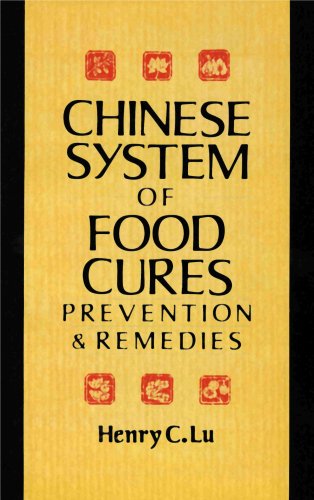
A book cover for Chinese System of Food Cures - Prevention and Remedies (Using the Healing Properties of Food); Henry C. Lu; Health, Fitness & Dieting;